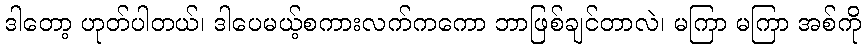
ဒါတော့ ဟုတ်ပါတယ်၊ ဒါပေမယ့်စကားလက်ကကော ဘာဖြစ်ချင်တာလဲ၊ မကြာ မကြာ အစ်ကို